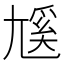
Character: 𡰄